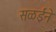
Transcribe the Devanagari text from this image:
सळईने